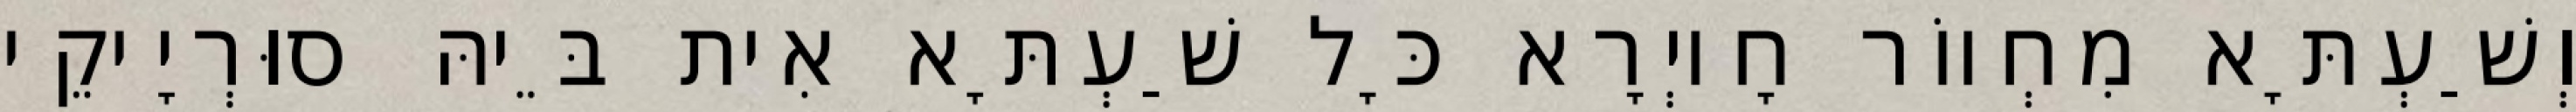
וְשַׁעְתָּא מִחְווֹר חָיוְרָא כָּל שַׁעְתָּא אִית בֵּיהּ סוּרְיָיקֵי